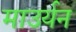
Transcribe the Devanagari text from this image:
माउर्यन